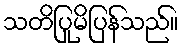
သတိပြုမိပြန်သည်။